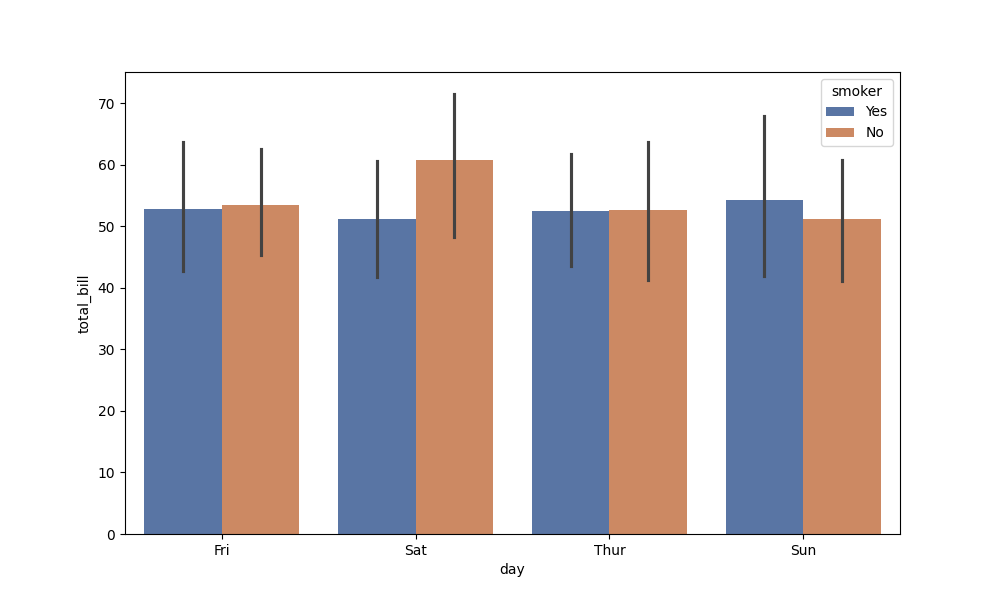
python, seaborn, barplot, hue='smoker', palette='deep', ci=95, orient='v'